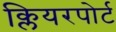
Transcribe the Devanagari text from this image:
क्लियरपोर्ट